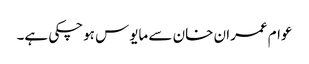
عوام عمران خان سے مایوس ہوچکی ہے۔